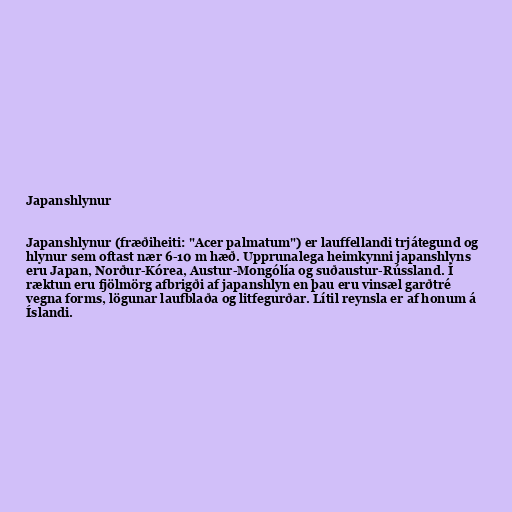
Japanshlynur

Japanshlynur (fræðiheiti: "Acer palmatum") er lauffellandi trjátegund og
hlynur sem oftast nær 6-10 m hæð. Upprunalega heimkynni japanshlyns
eru Japan, Norður-Kórea, Austur-Mongólía og suðaustur-Rússland. Í
ræktun eru fjölmörg afbrigði af japanshlyn en þau eru vinsæl garðtré
vegna forms, lögunar laufblaða og litfegurðar. Lítil reynsla er af honum á
Íslandi.